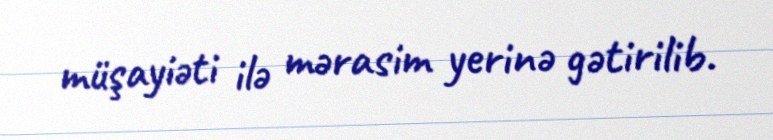
müşayiəti ilə mərasim yerinə gətirilib.